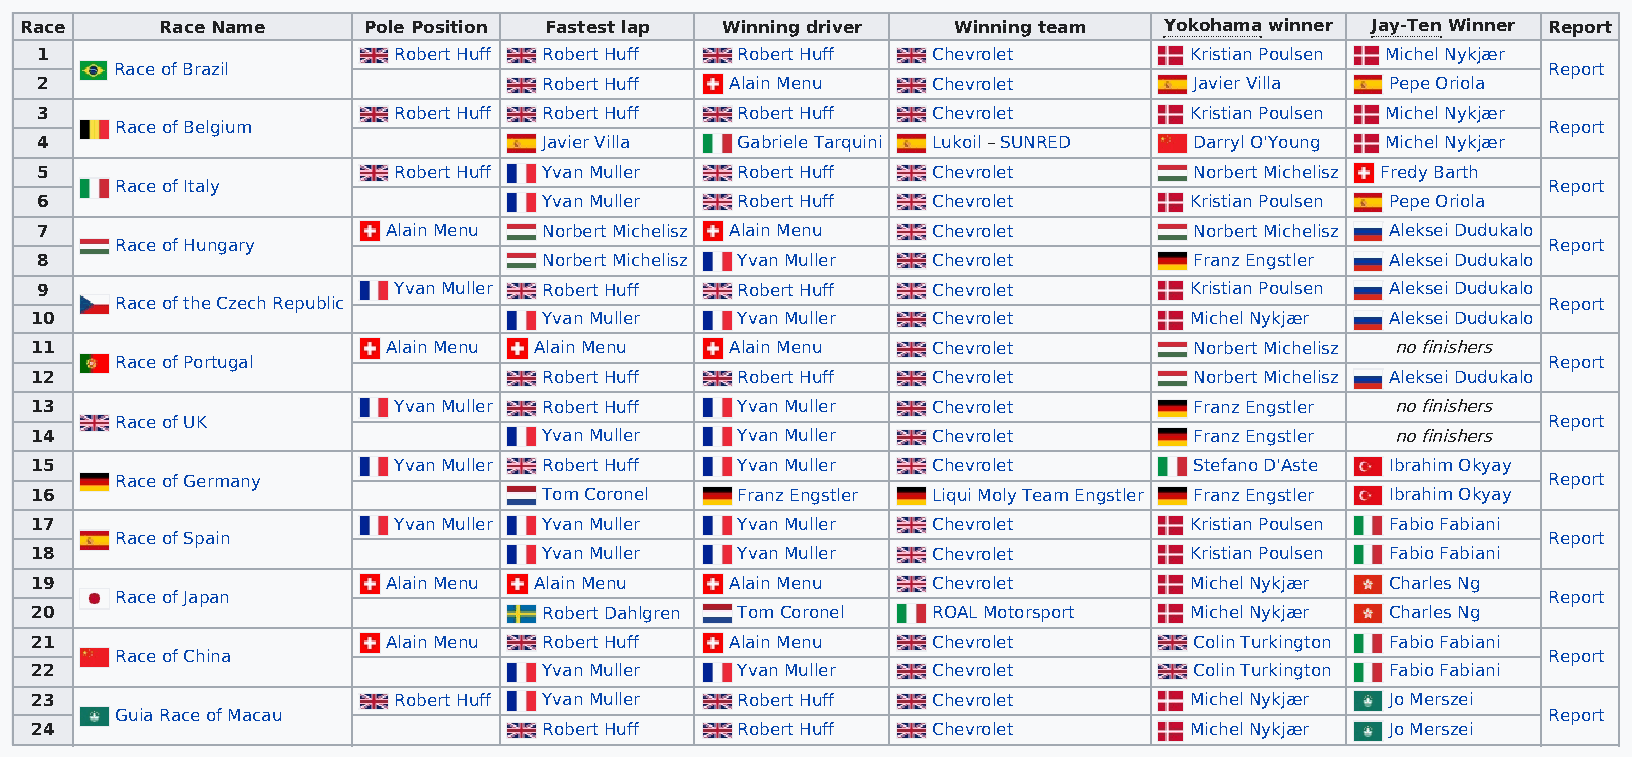
Race      Race Name    Pole Position Fastest lap Winning driver Winning team Yokohama winner Jay-Ten Winner Report
 1                       Robert Huff Robert Huff Robert Huff Chevrolet        Kristian Poulsen Michel Nykjær
 Race of Brazil                                                                                Report
 2                                 Robert Huff Alain Menu    Chevrolet        Javier Villa Pepe Oriola
 3                       Robert Huff Robert Huff Robert Huff Chevrolet        Kristian Poulsen Michel Nykjær
 Race of Belgium                                                                               Report
 4                                 Javier Villa Gabriele Tarquini Lukoil – SUNRED Darryl O'Young Michel Nykjær
 5                       Robert Huff Yvan Muller Robert Huff Chevrolet        Norbert Michelisz Fredy Barth
 Race of Italy                                                                                 Report
 6                                 Yvan Muller  Robert Huff  Chevrolet        Kristian Poulsen Pepe Oriola
 7                       Alain Menu Norbert Michelisz Alain Menu Chevrolet    Norbert Michelisz Aleksei Dudukalo
 Race of Hungary                                                                               Report
 8                                 Norbert Michelisz Yvan Muller Chevrolet    Franz Engstler Aleksei Dudukalo
 9                       Yvan Muller Robert Huff Robert Huff Chevrolet        Kristian Poulsen Aleksei Dudukalo
 Race of the Czech Republic                                                                    Report
 10                                Yvan Muller  Yvan Muller  Chevrolet        Michel Nykjær Aleksei Dudukalo
 11                      Alain Menu Alain Menu Alain Menu    Chevrolet        Norbert Michelisz no finishers
 Race of Portugal                                                                              Report
 12                                Robert Huff  Robert Huff  Chevrolet        Norbert Michelisz Aleksei Dudukalo
 13                      Yvan Muller Robert Huff Yvan Muller Chevrolet        Franz Engstler no finishers
 Race of UK                                                                                    Report
 14                                Yvan Muller  Yvan Muller  Chevrolet        Franz Engstler no finishers
 15                      Yvan Muller Robert Huff Yvan Muller Chevrolet        Stefano D'Aste Ibrahim Okyay
 Race of Germany                                                                               Report
 16                                Tom Coronel  Franz Engstler Liqui Moly Team Engstler Franz Engstler Ibrahim Okyay
 17                      Yvan Muller Yvan Muller Yvan Muller Chevrolet        Kristian Poulsen Fabio Fabiani
 Race of Spain                                                                                 Report
 18                                Yvan Muller  Yvan Muller  Chevrolet        Kristian Poulsen Fabio Fabiani
 19                      Alain Menu Alain Menu Alain Menu    Chevrolet        Michel Nykjær Charles Ng
 Race of Japan                                                                                 Report
 20                                Robert Dahlgren Tom Coronel ROAL Motorsport Michel Nykjær Charles Ng
 21                      Alain Menu Robert Huff Alain Menu   Chevrolet        Colin Turkington Fabio Fabiani
 Race of China                                                                                 Report
 22                                Yvan Muller  Yvan Muller  Chevrolet        Colin Turkington Fabio Fabiani
 23                      Robert Huff Yvan Muller Robert Huff Chevrolet        Michel Nykjær Jo Merszei
 Guia Race of Macau                                                                            Report
 24                                Robert Huff  Robert Huff  Chevrolet        Michel Nykjær Jo Merszei